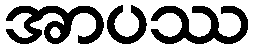
အာပဿ